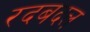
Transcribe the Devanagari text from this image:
रदबदल